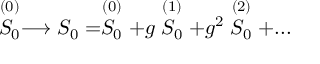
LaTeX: \stackrel { ( 0 ) } { S _ { 0 } } \longrightarrow S _ { 0 } = \stackrel { ( 0 ) } { S _ { 0 } } + g \stackrel { ( 1 ) } { S _ { 0 } } + g ^ { 2 } \stackrel { ( 2 ) } { S _ { 0 } } + . . .